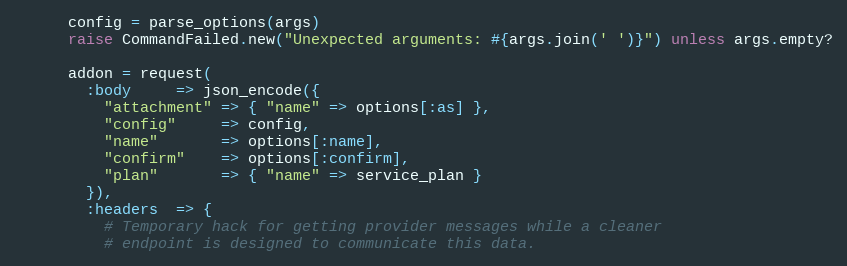
Language: Ruby
      config = parse_options(args)
      raise CommandFailed.new("Unexpected arguments: #{args.join(' ')}") unless args.empty?

      addon = request(
        :body     => json_encode({
          "attachment" => { "name" => options[:as] },
          "config"     => config,
          "name"       => options[:name],
          "confirm"    => options[:confirm],
          "plan"       => { "name" => service_plan }
        }),
        :headers  => {
          # Temporary hack for getting provider messages while a cleaner
          # endpoint is designed to communicate this data.